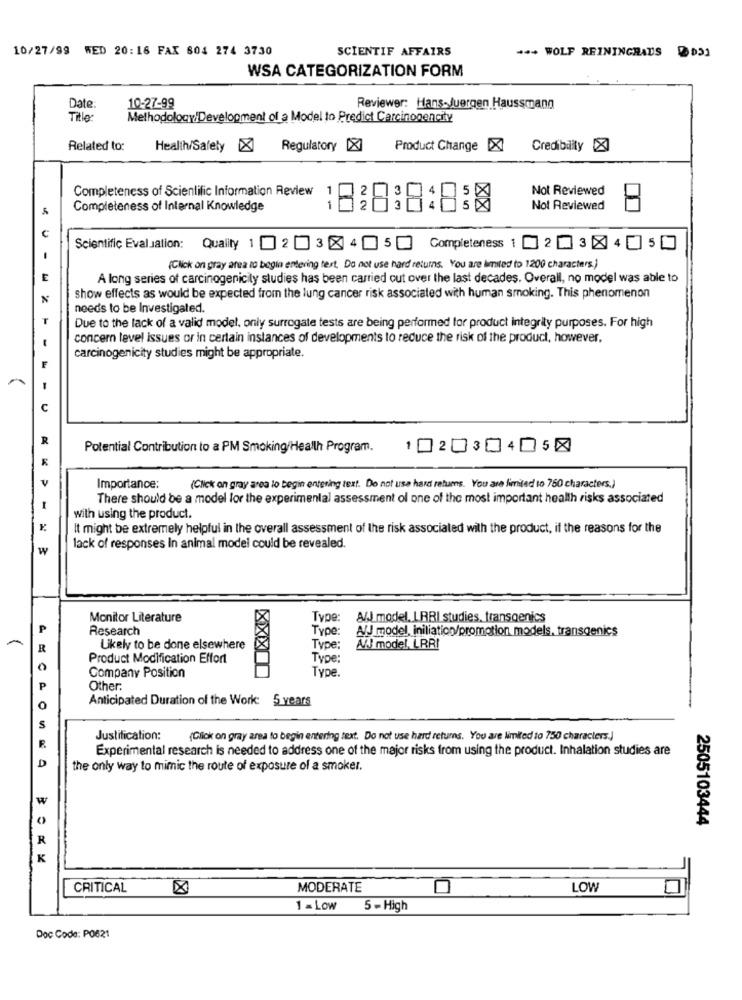
10/27/99 WED 20:16 FAX 804 274 3730
SCIENTIF AFFAIRS
*** WOLF REININGHAUS DD21
WSA CATEGORIZATION FORM
Date:
10-27-99
Reviewer: Hans-Juergen Haussmann
Title:
Methodology Development of a Model to Predict Carcinogencity
Related to:
Health/Safely X Regulatory [X]
Product Change X
Credibility X
Completeness of Scientific Information Review
Not Reviewed
Completeness of Internal Knowledge
8381818:0
Not Reviewed
Scientific Evaluation: Qually 1 2 34 5 Completeness 1 ] 2 3 × 4 5
(Click on gray area to begin entering test. Do not use hard returns. You are limited to 1200 characters.)
E
A long series of carcinogenicity studies has been carried out over the last decades. Overall, no model was able to
show effects as would be expected from the lung cancer risk associated with human smoking. This phenomenon
N
needs to be Investigated.
T
Due to the lack of a valid model, only surrogate tests are being performed for product integrity purposes. For high
concern level issues or in certain instances of developments to reduce the risk of the product, however,
carcinogenicity studies might be appropriate.
Potential Contribution to a PM Smoking/Health Program.
1020304058
Importance:
(Click on gray area lo begin entering text. Do not use hard returns. You are limited to 750 characters.)
There should be a model for the experimental assessment ol one of the most important health risks associated
with using the product.
It might be extremely helpful in the overall assessment of the risk associated with the product, if the reasons for the
W
lack of responses In animal model could be revealed.
Monitor Literature
Type:
&/J model. LRRI studies, transgenics
Research
Type:
A/J model, iniliation/promotion models, transgenics
R
Likely to be done elsewhere
Type:
AJ model, LRR!
Product Modification Effort
Type:
0
Company Position
Type.
P
Other:
Anticipated Duration of the Work: 5 years
S
Justification:
(Click on gray area to begin entering text. Do not use hard returns. You are limited to 750 characters.]
Experimental research is needed to address one of the major risks from using the product. Inhalation studies are
D
the only way to mimic the route of exposure of a smoker.
w
2505103444
K
ANCA .... ....
CRITICAL
MODERATE
LOW
1 = Low 5 - High
Doc Code: P0621